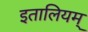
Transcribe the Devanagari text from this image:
इतालियम्